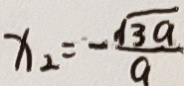
x _ { 2 } = - \frac { \sqrt { 3 a } } { a }